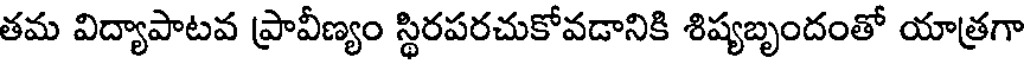
తమ విద్యాపాటవ ప్రావీణ్యం స్థిరపరచుకోవడానికి శిష్యబృందంతో యాత్రగా